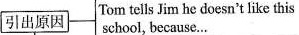
引出原因 Tom tells Jim he doesn't like thisschool，because…